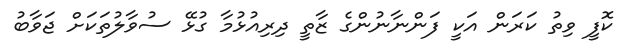
ކޮފީ ވިތު ކަރަން އަކީ ފަންނާނުންގެ ޒާތީ ދިރިއުޅުމާ ގުޅޭ ސުވާލުތަކަށް ޖަވާބު